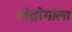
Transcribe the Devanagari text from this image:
मांद्रोगोला